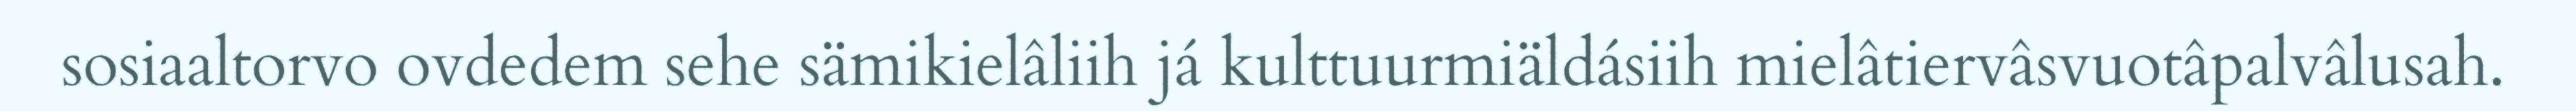
sosiaaltorvo ovdedem sehe sämikielâliih já kulttuurmiäldásiih mielâtiervâsvuotâpalvâlusah.